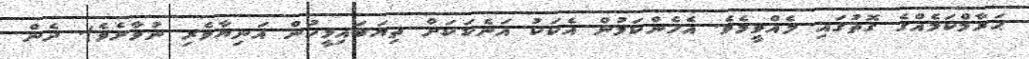
ޙަރާމްކަމެއްގެ ގޮތުގައި ލެއްވީމެވެ. އެހެންކަމުން އެކަކު އަނެކަކަށް ތިޔަބައިމީހުން އަނިޔާވެރި ނުވާށެވެ). ދެން